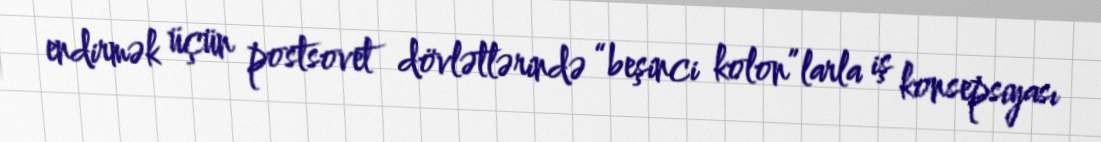
endirmək üçün postsovet dövlətlərində “beşinci kolon”larla iş konsepsiyası